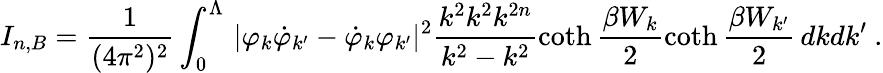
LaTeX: I_{n,B}=\frac 1{(4\pi^{2})^{2}}\int_{0}^{\Lambda}\, |\varphi_{k}\dot{\varphi}_{k^{\prime}}-\dot{\varphi}_{k}\varphi_{k^{\prime}}|^{2}\frac{k^{2}k^{2}k^{2n}}{k^{2}-k^{2}}\coth\frac{\beta W_{k}}2\coth\frac{\beta W_{k^{\prime}}}2\, dkdk^{\prime}\ .